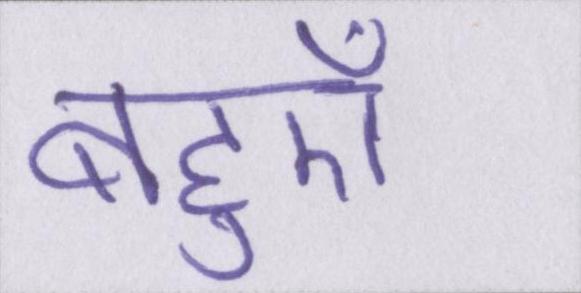
बहुएँ